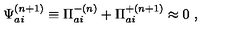
{ \Psi } _ { a i } ^ { ( n + 1 ) } \equiv { \Pi } _ { a i } ^ { - ( n ) } + { \Pi } _ { a i } ^ { + ( n + 1 ) } \approx 0 \ ,